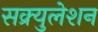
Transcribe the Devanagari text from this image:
सक्र्युलेशन